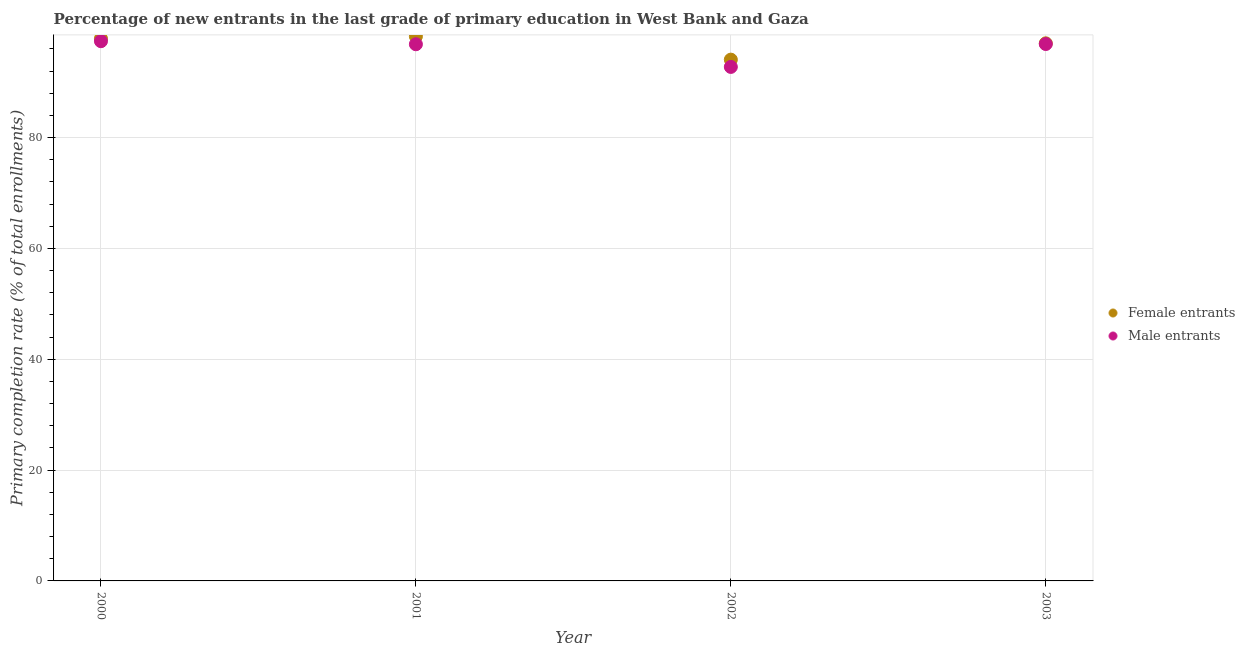
| Year | Female entrants | Male entrants |
 | --- | --- | --- |
 | 2000 | 97.9 | 97.4 |
 | 2001 | 98.3 | 96.9 |
 | 2002 | 94.1 | 92.8 |
 | 2003 | 97 | 96.9 |